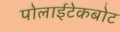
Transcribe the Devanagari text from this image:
पोलाईटेकबोट